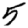
Digit: 5